Scottish Leaving Certificate Examination, 1956
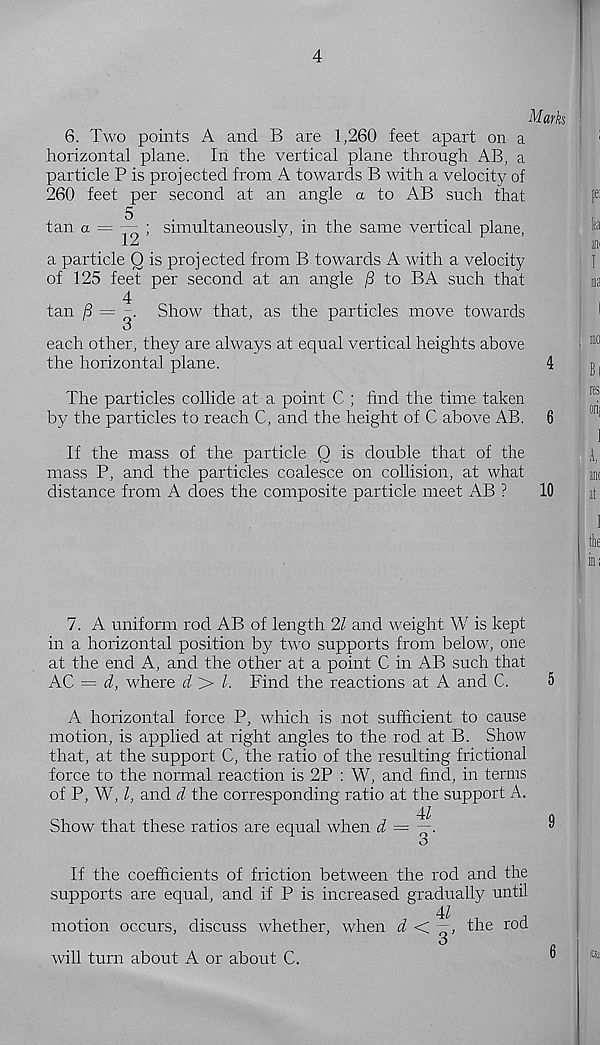
4
Mark
6. Two points A and B are 1,260 feet apart on a
horizontal plane. In the vertical plane through AB, a
particle P is projected from A towards B with a velocity of
260 feet per second at an angle a to AB such that
tan a —
12 ’
simultaneously, in the same vertical plane,
a particle 0 is projected from B towards A with a velocity
of 125 feet per second at an angle /3 to BA such that
4
tan 13 — -
Show that, as the particles move towards
O
each other, they are always at equal vertical heights above
the horizontal plane.
4
The particles collide at a point C ; find the time taken
by the particles to reach C, and the height of C above AB. 6
If the mass of the particle 0 is double that of the
mass P, and the particles coalesce on collision, at what
distance from A does the composite particle meet AB ?
10
7. A uniform rod AB of length 21 and weight W is kept
in a horizontal position by two supports from below, one
at the end A, and the other at a point C in AB such that
AC = d, where d > l. Find the reactions at A and C.
5
A horizontal force P, which is not sufficient to cause
motion, is applied at right angles to the rod at B. Show
that, at the support C, the ratio of the resulting frictional
force to the normal reaction is 2P : W, and find, in terms
of P, W, l, and d the corresponding ratio at the support A.
4Z
Q
Show that these ratios are equal when d =
y
If the coefficients of friction between the rod and the
supports are equal, and if P is increased gradually until
4/
,
motion occurs, discuss whether, when d
the rod
o
will turn about A or about C.